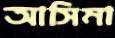
আসিমা